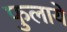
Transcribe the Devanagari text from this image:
फुलाये